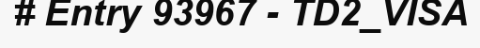
# Entry 93967 - TD2_VISA